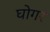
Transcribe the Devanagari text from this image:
घोगर